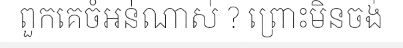
ពួកគេចំអន់ណាស់ ? ព្រោះមិនចង់